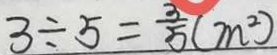
3 \div 5 = \frac { 3 } { 5 } ( m ^ { 2 } )